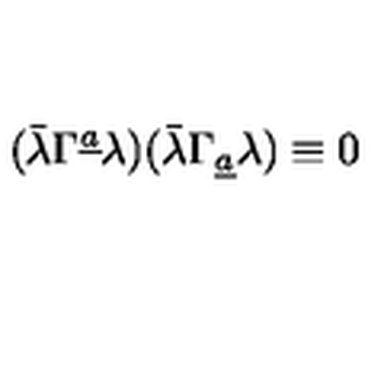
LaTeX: ( \bar { \lambda } \Gamma ^ { \underline { a } } \lambda ) ( \bar { \lambda } \Gamma _ { \underline { a } } \lambda ) \equiv 0